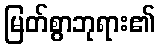
မြတ်စွာဘုရား၏